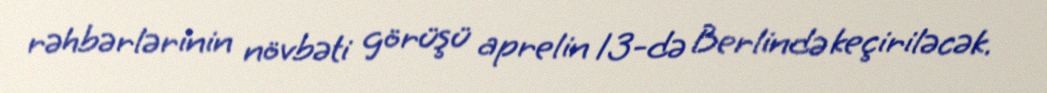
rəhbərlərinin növbəti görüşü aprelin 13-də Berlində keçiriləcək.